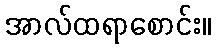
အာလ်ထရာစောင်း။